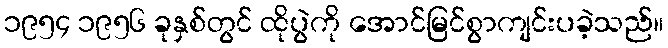
၁၉၅၄ ၁၉၅၆ ခုနှစ်တွင် ထိုပွဲကို အောင်မြင်စွာကျင်းပခဲ့သည်။